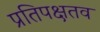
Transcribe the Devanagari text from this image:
प्रतिपक्षतव